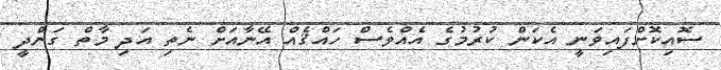
ސޮއިކޮށްފައިވަނީ އެކަން ކުރުމުގެ އެއްވެސް ހައްޤެއް އޭނާއަށް ނެތި އަދި މާތް ގަންދީ